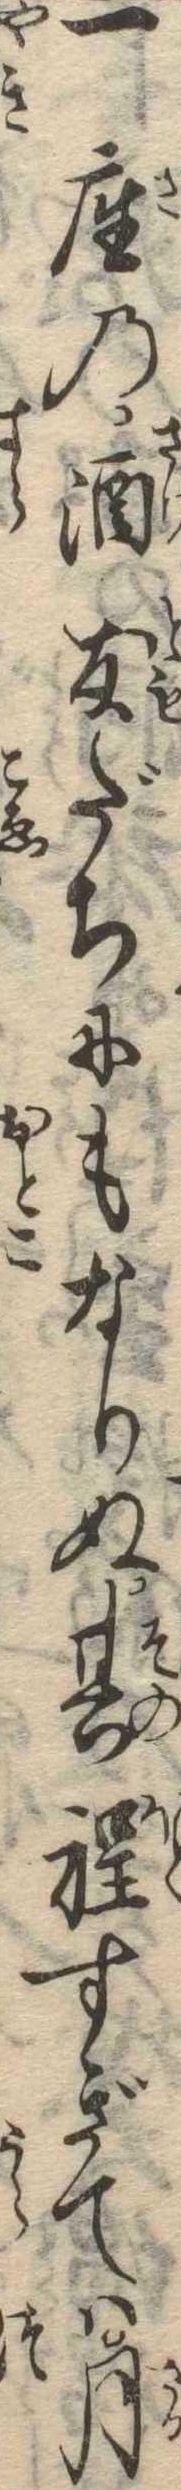
一座の酒友だちにもなりぬ其程すぎては月